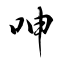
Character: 呻